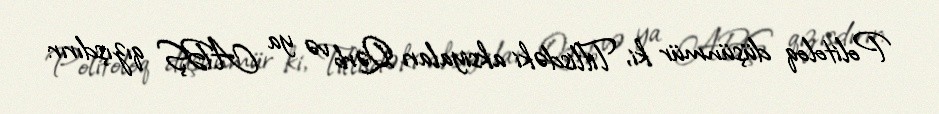
Politoloq düşünmür ki, Tiflisdəki aksiyaları Qərb və ya ABŞ qızışdırır: